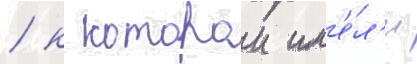
/ к которои им'е́л'и